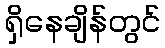
ရှိနေချိန်တွင်